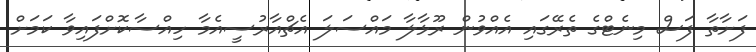
ފަށާތާ ފަސް މިނެޓްގެ ތެރޭގައި އެއްވުން ރޫޅާލާ މައްސަލަ އެޗްއާރުސީއެމާ ހިއްސާކޮށްފައިވާ ކަމަށް